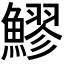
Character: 𬵩